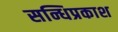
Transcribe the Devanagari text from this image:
सन्धिप्रकाश